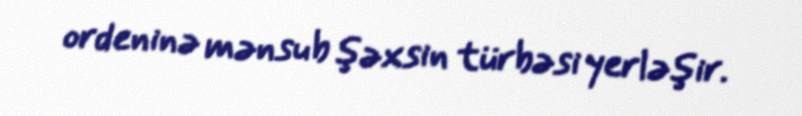
ordeninə mənsub şəxsin türbəsi yerləşir.